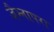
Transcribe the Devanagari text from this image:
जैम्नापरा